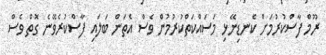
ރޫމް ފާސްކުރުމަށް ކެނޑިނޭޅި މަސައްކަތްކުރުމުން ވެސް އެތަން ބަލައި ފާސްކުރެވޭނެ ގޮތް ވެސް